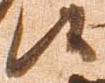
候